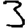
Digit: 3